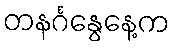
တနင်္ဂနွေနေ့က